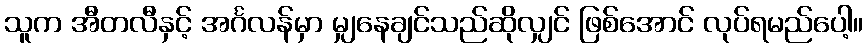
သူက အီတလီနှင့် အင်္ဂလန်မှာ မျှနေချင်သည်ဆိုလျှင် ဖြစ်အောင် လုပ်ရမည်ပေါ့။